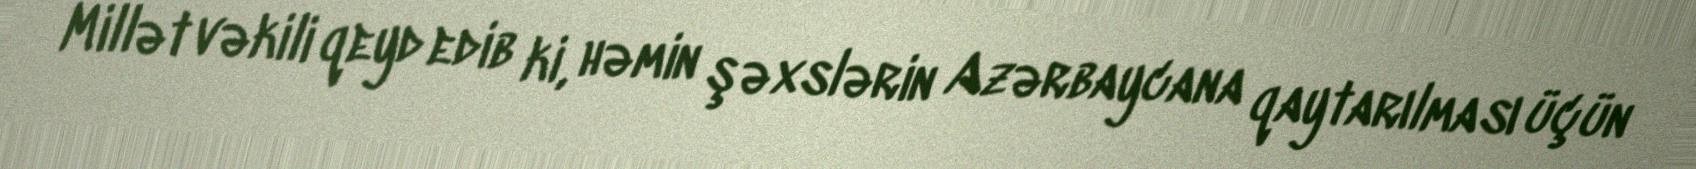
Millət vəkili qeyd edib ki, həmin şəxslərin Azərbaycana qaytarılması üçün